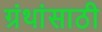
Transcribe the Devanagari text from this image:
ग्रंथांसाठी